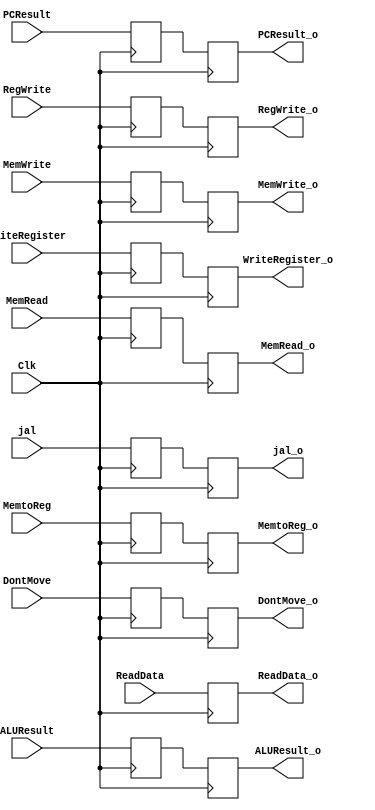
`timescale 1ns / 1ps
//////////////////////////////////////////////////////////////////////////////////
// Company: 
// Engineer: 
// 
// Design Name: 
// Module Name: MEM_WB
// Project Name: 
// Target Devices: 
// Tool Versions: 
// Description: 
// 
// Dependencies: 
// 
// Revision:
// Revision 0.01 - File Created
// Additional Comments:
// 
//////////////////////////////////////////////////////////////////////////////////


module MEM_WB(Clk,
// INPUTS
MemtoReg,
ReadData,
ALUResult, DontMove, jal, WriteRegister, RegWrite,
MemRead, MemWrite, PCResult,
// OUTPUTS
MemtoReg_o,
ReadData_o,
ALUResult_o, DontMove_o, jal_o, WriteRegister_o, RegWrite_o,
MemRead_o, MemWrite_o, PCResult_o
    );
    
    input Clk, MemtoReg, DontMove, jal, RegWrite, MemRead, MemWrite;
    input [31:0] ReadData, ALUResult, PCResult;
    input [4:0] WriteRegister;
    
    reg MemtoReg_r, DontMove_r, jal_r, RegWrite_r, MemRead_r, MemWrite_r;
    reg [31:0] ReadData_r, ALUResult_r, PCResult_r;
    reg [4:0] WriteRegister_r;
    
    output reg MemtoReg_o, DontMove_o, jal_o, RegWrite_o, MemRead_o, MemWrite_o;
    output reg [31:0] ReadData_o, ALUResult_o, PCResult_o;
    output reg [4:0] WriteRegister_o;
    
    initial begin
    MemtoReg_o <= 0;
    DontMove_o <= 0;
    jal_o <= 0;
    RegWrite_o <= 0;
    ReadData_o <= 0;
    ALUResult_o <= 0;
    WriteRegister_o <= 0;
    MemRead_o <= 0;
    MemWrite_o <= 0;
    PCResult_o <= 0;
    end
    
    always @(posedge Clk)begin
        MemtoReg_r <= MemtoReg;
        DontMove_r <= DontMove;
        jal_r <= jal;
        RegWrite_r <= RegWrite;
        ReadData_r <= ReadData;
        ALUResult_r <= ALUResult;
        WriteRegister_r <= WriteRegister;
        MemRead_r <= MemRead;
        MemWrite_r <= MemWrite;
        PCResult_r <= PCResult;
    end
    
    always @(negedge Clk)begin
        MemtoReg_o <= MemtoReg_r;
        DontMove_o <= DontMove_r;
        jal_o <= jal_r;
        RegWrite_o <= RegWrite_r;
        ReadData_o <= ReadData; //ReadData_r;
        ALUResult_o <= ALUResult_r;
        WriteRegister_o <= WriteRegister_r;
        MemRead_o <= MemRead_r;
        MemWrite_o <= MemWrite_r;
        PCResult_o <= PCResult_r;
    end
endmodule